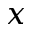
x